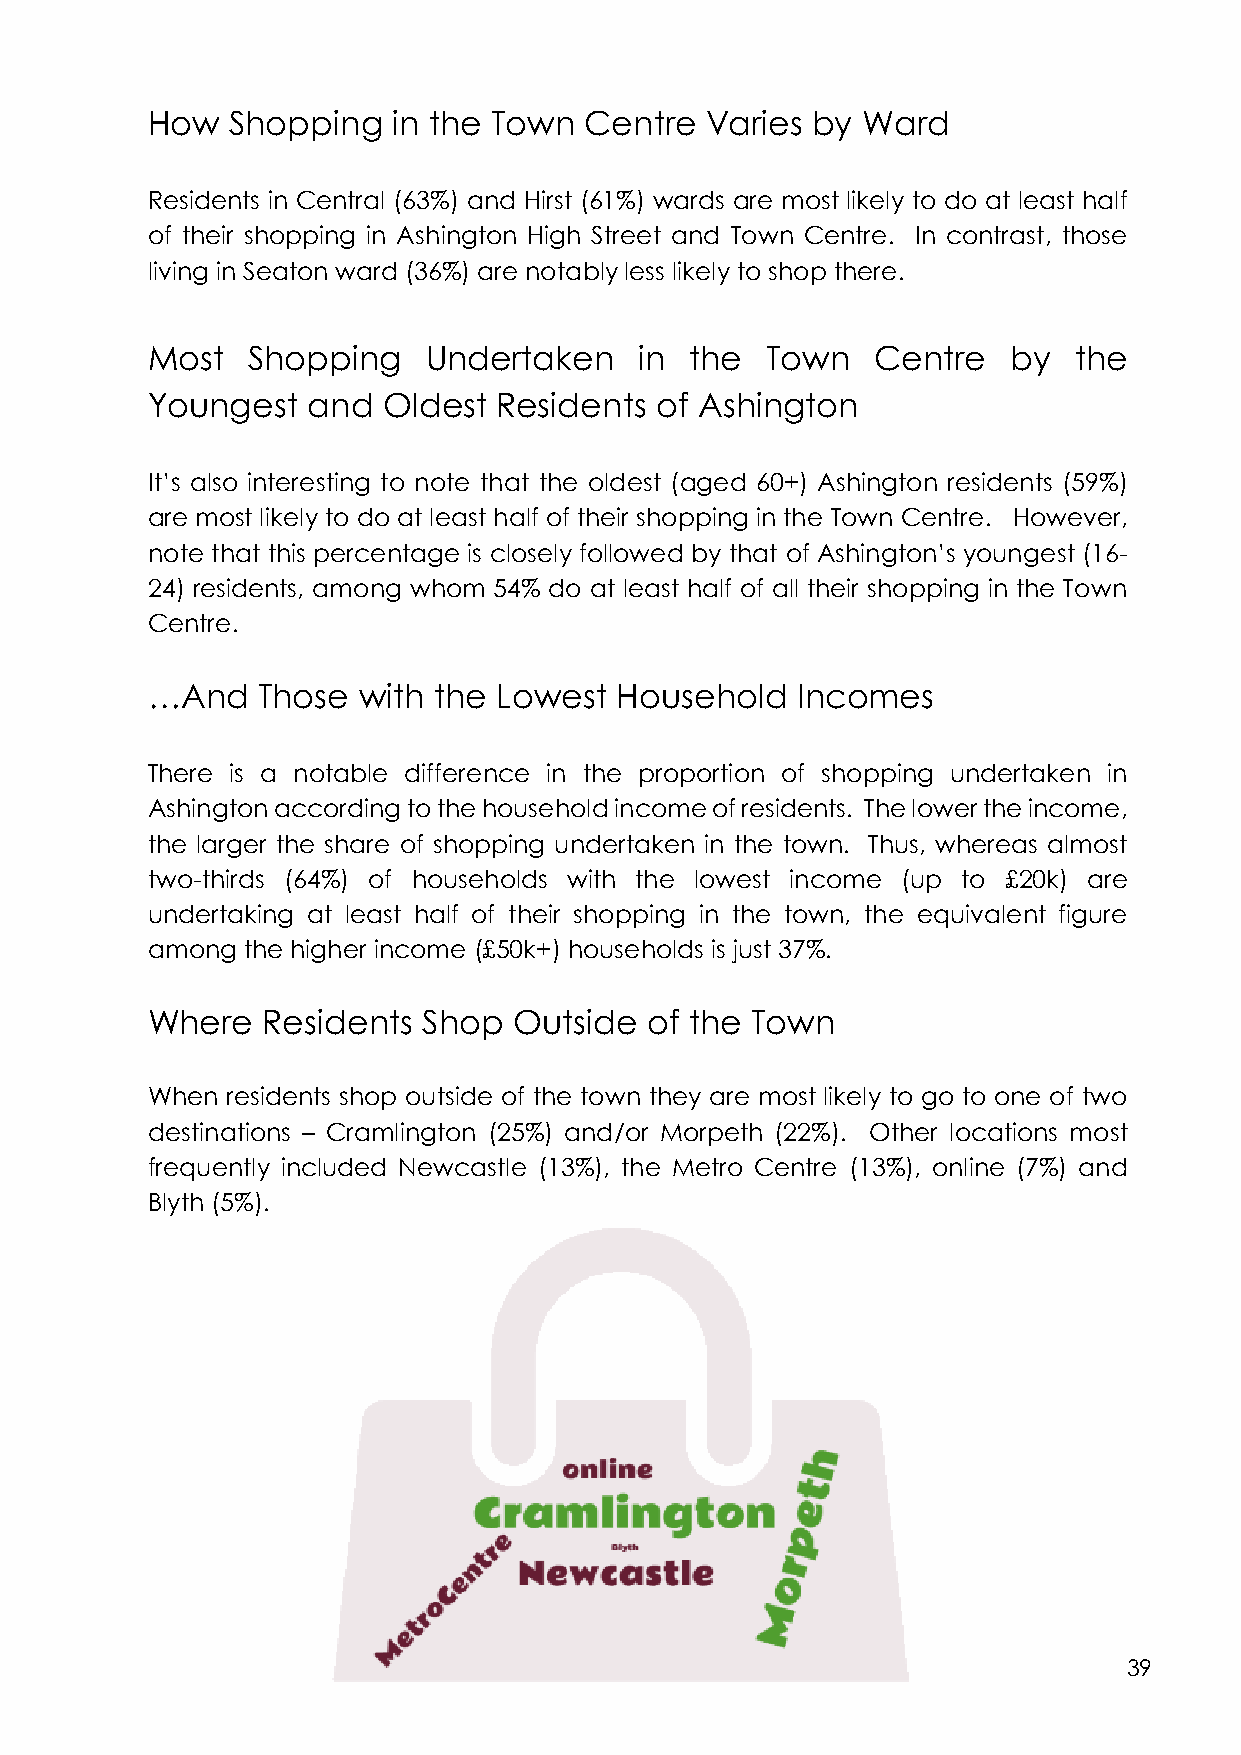
How  Shopping   in the Town  Centre  Varies by Ward
 Residents in Central (63%) and Hirst (61%) wards are most likely to do at least half
 of their shopping in Ashington High Street and Town Centre. In contrast, those
 living in Seaton ward (36%) are notably less likely to shop there.
 Most  Shopping    Undertaken    in  the  Town   Centre   by  the
 Youngest  and  Oldest  Residents of Ashington
 It’s also interesting to note that the oldest (aged 60+) Ashington residents (59%)
 are most likely to do at least half of their shopping in the Town Centre. However,
 note that this percentage is closely followed by that of Ashington’s youngest (16-
 24) residents, among whom 54% do at least half of all their shopping in the Town
 Centre.
 …And   Those  with the Lowest  Household   Incomes
 There is a notable difference in the proportion of shopping undertaken in
 Ashington according to the household income of residents. The lower the income,
 the larger the share of shopping undertaken in the town. Thus, whereas almost
 two-thirds (64%) of households with the lowest income (up to £20k) are
 undertaking at least half of their shopping in the town, the equivalent figure
 among the higher income (£50k+) households is just 37%.
 Where  Residents  Shop  Outside  of the Town
 When residents shop outside of the town they are most likely to go to one of two
 destinations – Cramlington (25%) and/or Morpeth (22%). Other locations most
 frequently included Newcastle (13%), the Metro Centre (13%), online (7%) and
 Blyth (5%).
 39